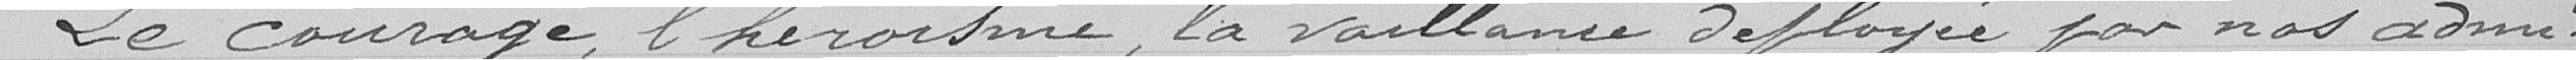
Le courage, l’héroïsme, la vaillance déployée par nos admi-